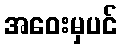
အဝေးမှပင်